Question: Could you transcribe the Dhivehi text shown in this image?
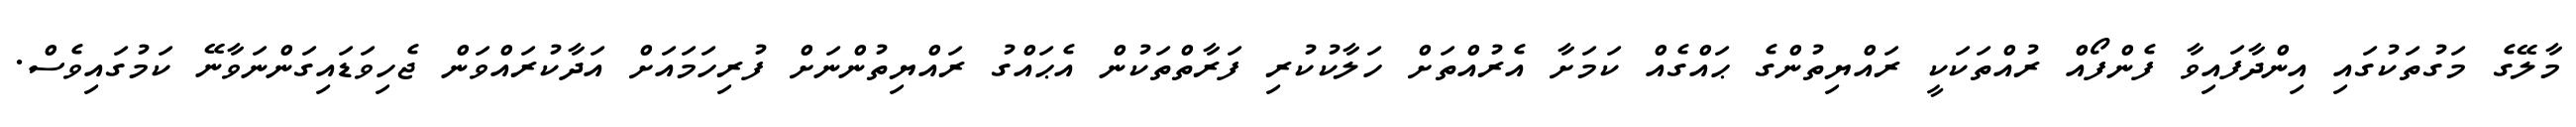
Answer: މާލޭގެ މަގުތަކުގައި އިންދާފައިވާ ފެންފޯއް ރުއްތަކަކީ ރައްޔިތުންގެ ޙައްގެއް ކަމަށާ އެރުއްތަށް ހަލާކުކުރި ފަރާތްތަކުން އެޙައްގު ރައްޔިތުންނަށް ފުރިހަމައަށް އަދާކުރައްވަން ޖެހިވަޑައިގަންނަވާނޭ ކަމުގައިވެސް.